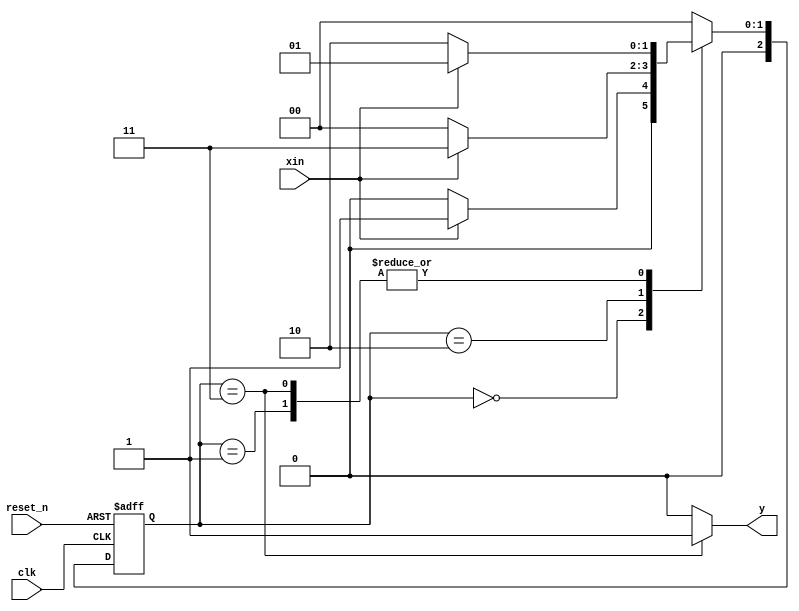

module moore_101(input reset_n, input clk, input xin, output reg y);

    localparam [2:0] INIT = 0, S1 = 1, S2 = 2, S3 = 3;

    reg[2:0] current_state, next_state;

    // Present state registers
    always @(posedge clk or negedge reset_n) begin: L_PRESENT_STATE_REGISTERS
        if(!reset_n)
            current_state <= INIT;
        else
            current_state <= next_state;
    end

    // Next state decoder (combinational block)
    always @(current_state or xin) begin: L_NEXT_STATE_DECODER
        next_state = INIT;
        case (current_state)
            INIT: next_state = xin?S1:INIT;
            S1: next_state = xin?S1:S2;
            S2: next_state = xin?S3:INIT;
            S3: next_state = xin?S1:S2;
            default: next_state = INIT;
        endcase
    end

    // Output decoder (combinational block)
    always@(current_state)begin: L_OUTPUT_DECODER
        y = 1'b0;
        case(current_state)
            INIT: y = 1'b0;
            S1: y = 1'b0;
            S2: y = 1'b0;
            S3: y = 1'b1;
        endcase
    end

endmodule